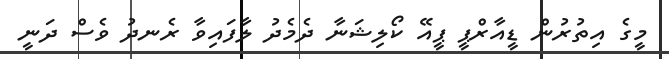
މީގެ އިތުރުން ޑީއާރްޕީ ޕީއޭ ކޯލިޝަނާ ދެމެދު ލާފައިވާ ރެނދު ވެސް ދަނީ